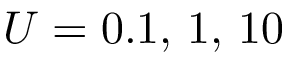
U = 0 . 1 , \, 1 , \, 1 0